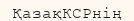
ҚазақКСРнің